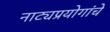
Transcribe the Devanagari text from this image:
नाट्यप्रयोगांचे